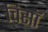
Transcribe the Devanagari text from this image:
चिसॉ